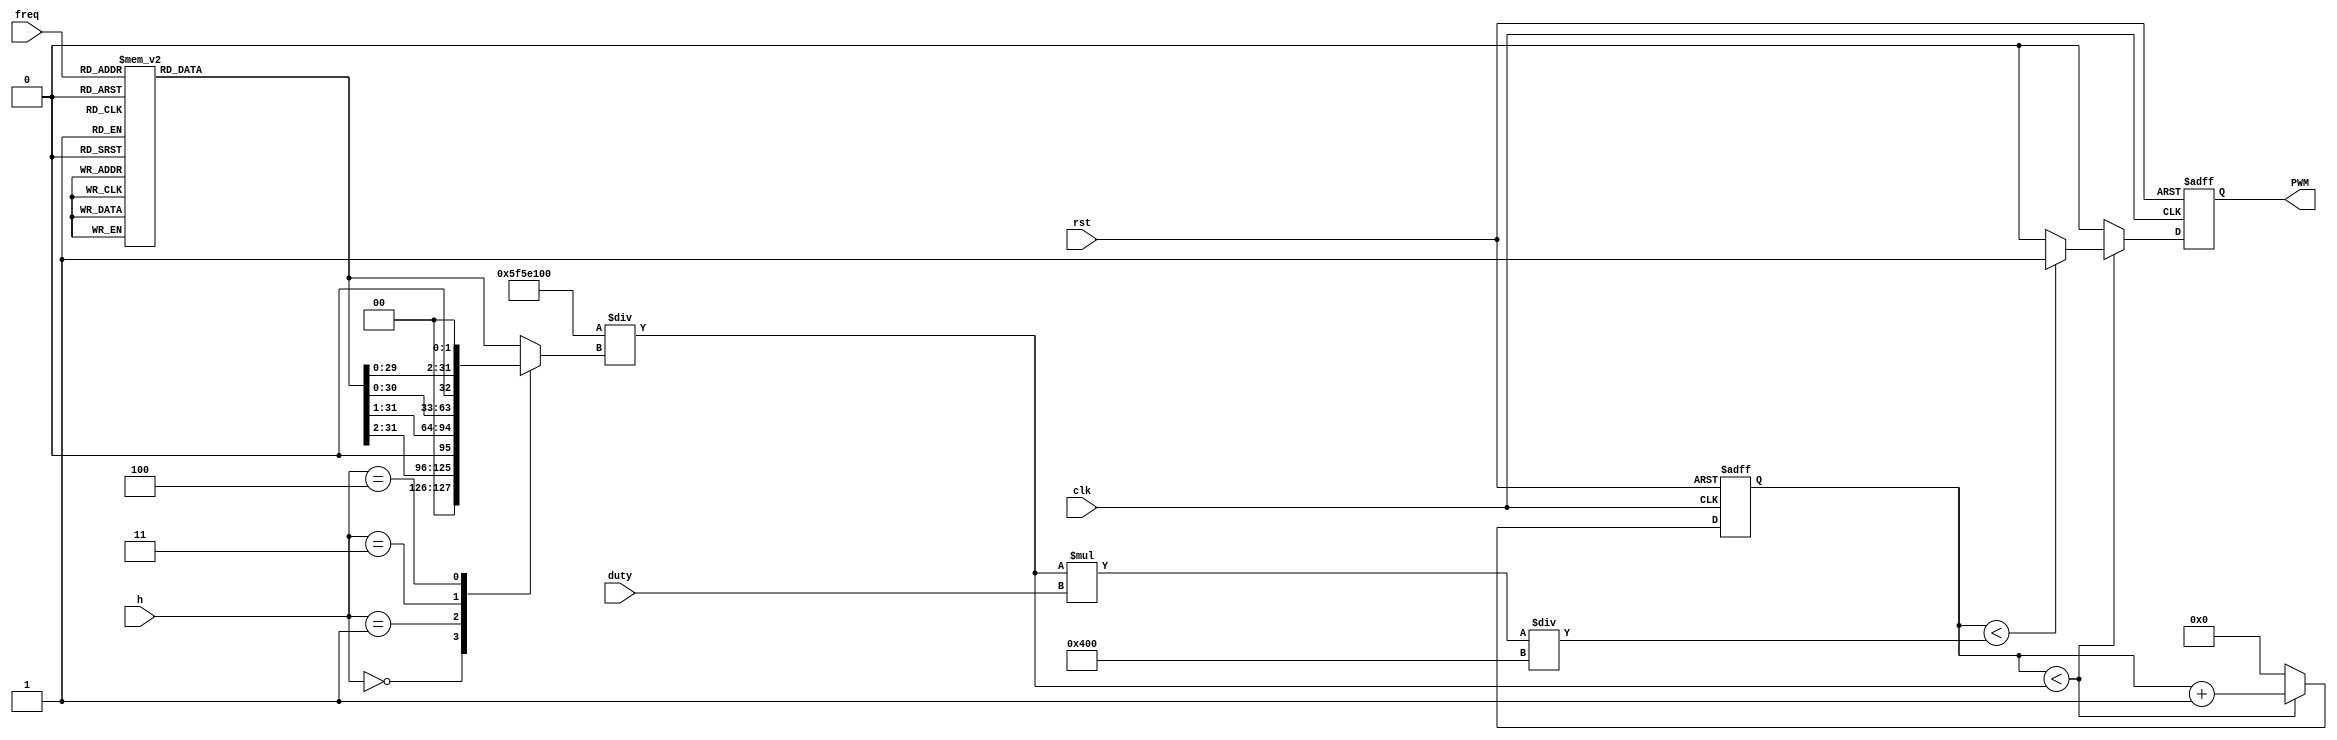
module speaker (
    input wire clk,
    input wire rst,
	input [3:0] freq,
	input [2:0] h,
    input [9:0] duty,
    output reg PWM
);
	
	parameter C  = 4'b0000;
	parameter Cs = 4'b0001;
	parameter D  = 4'b0010;
	parameter Ds = 4'b0011;
	parameter E  = 4'b0100;
	parameter F  = 4'b0101;
	parameter Fs = 4'b0110;
	parameter G  = 4'b0111;
	parameter Gs = 4'b1000;
	parameter A  = 4'b1001;
	parameter As = 4'b1010;
	parameter B  = 4'b1011;
	parameter X  = 4'b1100;
	
	reg [31:0] count;
	reg [31:0] freq_a, freq_b;
	
	wire [31:0] count_max = 100_000_000 / freq_b;
	wire [31:0] count_duty = count_max * duty / 1024;

	always @(posedge clk, posedge rst) begin
		if (rst) begin
			count <= 0;
			PWM <= 0;
		end else if (count < count_max) begin
			count <= count + 1;
			if(count < count_duty)
				PWM <= 1;
			else
				PWM <= 0;
		end else begin
			count <= 0;
			PWM <= 0;
		end
	end

	always @(*) begin
		case(freq)
			C:  freq_a = 32'd262;
			Cs: freq_a = 32'd277;
			D:  freq_a = 32'd294;
			Ds: freq_a = 32'd311;
			E:  freq_a = 32'd330;
			F:  freq_a = 32'd349;
			Fs: freq_a = 32'd370;
			G:  freq_a = 32'd392;
			Gs: freq_a = 32'd415;
			A:  freq_a = 32'd440;
			As: freq_a = 32'd466;
			B:  freq_a = 32'd494;
			default:  freq_a = 32'd20000;
		endcase
	end
	
	always @(*) begin
		case(h)
			3'b000: freq_b = freq_a >> 2;
			3'b001: freq_b = freq_a >> 1;
			3'b010: freq_b = freq_a;
			3'b011: freq_b = freq_a << 1;
			3'b100: freq_b = freq_a << 2;
			default: freq_b = freq_a;
		endcase
	end
endmodule